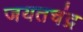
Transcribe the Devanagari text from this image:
जयतचंद्र